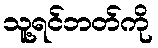
သူ့ရင်ဘတ်ကို